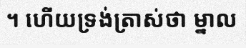
។ ហើយទ្រង់ត្រាស់ថា ម្នាល